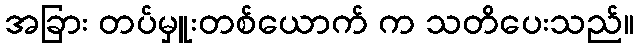
အခြား တပ်မှူးတစ်ယောက် က သတိပေးသည်။